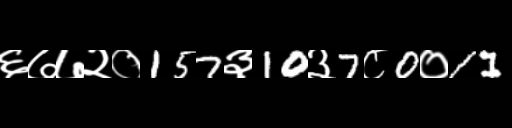
Text: ६७७२०157३10३7८0०11